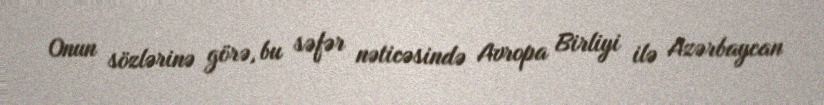
Onun sözlərinə görə, bu səfər nəticəsində Avropa Birliyi ilə Azərbaycan